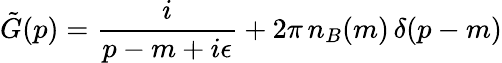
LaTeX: \tilde{G}(p)=\frac{i}{p-m+i\epsilon}+2\pi\, n_{B}(m)\, \delta(p-m)